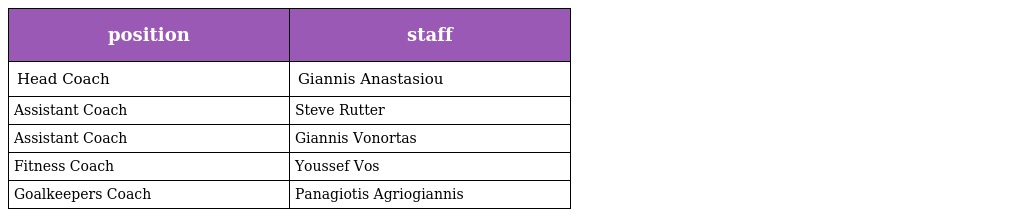
| position | staff |
 | --- | --- |
 | Head Coach | Giannis Anastasiou |
 | Assistant Coach | Steve Rutter |
 | Assistant Coach | Giannis Vonortas |
 | Fitness Coach | Youssef Vos |
 | Goalkeepers Coach | Panagiotis Agriogiannis |